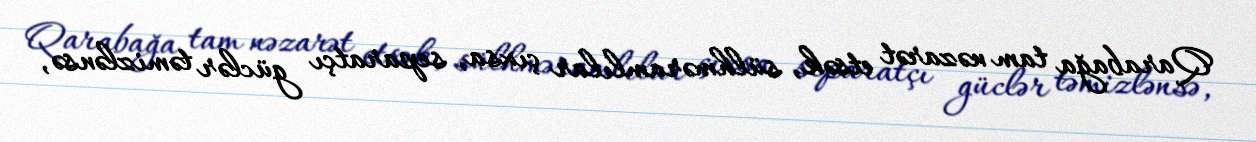
Qarabağa tam nəzarət etsək, sülhməramlılar çıxsa, separatçı güclər təmizlənsə,